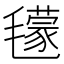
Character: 𣰥